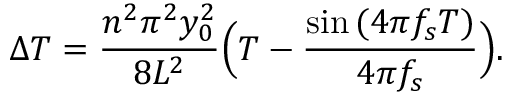
\Delta T = \frac { n ^ { 2 } \pi ^ { 2 } y _ { 0 } ^ { 2 } } { 8 L ^ { 2 } } \Bigl ( T - \frac { \sin { ( 4 \pi f _ { s } T ) } } { 4 \pi f _ { s } } \Bigr ) .